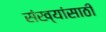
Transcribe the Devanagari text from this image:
संख्यांसाठी